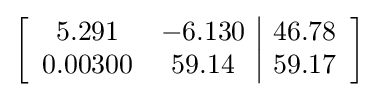
\left[{\begin{array}{cc|c}5.291&-6.130&46.78\\0.00300&59.14&59.17\\\end{array}}\right]